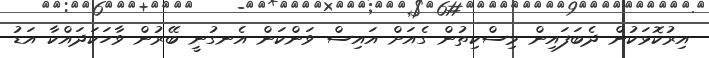
އިރުކޮޅަކުން ދެބަފައިން މިސްކިތުން ގެއަށް އައިސް ވަންކަން އެނގުނީ ބޭރުން ވާހަކަދައްކާ އަޑު